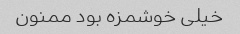
خیلی خوشمزه بود ممنون